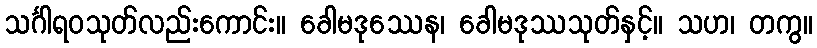
သင်္ဂါရဝသုတ်လည်းကောင်း။ ခေါမဒုဿေန၊ ခေါမဒုဿသုတ်နှင့်။ သဟ၊ တကွ။